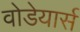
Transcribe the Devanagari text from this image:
वोडेयार्स